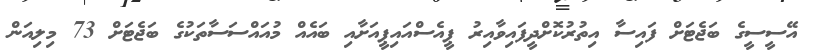
އޭސީސީގެ ބަޖެޓަށް ފައިސާ އިތުރުކޮށްދީފައިވާއިރު ޕީއެސްއައިޕީއަށާއި ބައެއް މުއައްސަސާތަކުގެ ބަޖެޓަށް 73 މިލިއަން